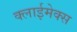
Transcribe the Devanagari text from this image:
क्लाईमेक्स